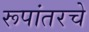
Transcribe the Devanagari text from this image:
रूपांतरचे